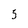
Character: 3